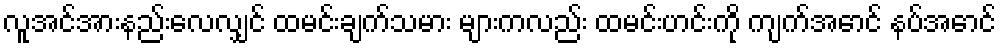
လူအင်အားနည်းလေလျှင် ထမင်းချက်သမား များကလည်း ထမင်းဟင်းကို ကျက်အောင် နပ်အောင်